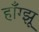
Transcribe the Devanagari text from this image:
हाँग्झू